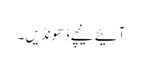
آئیے نیچے ڈھونڈیں۔